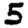
Digit: 5